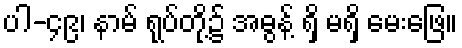
ပါ-၄၉၊ နာမ် ရုပ်တို့၌ အဓွန့် ရှိ မရှိ မေးဖြေ။